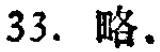
33. 略。